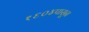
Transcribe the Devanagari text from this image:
१६०४पासून